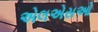
એલએસઓ